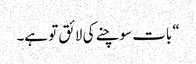
“ بات سوچنے کی لائق تو ہے۔